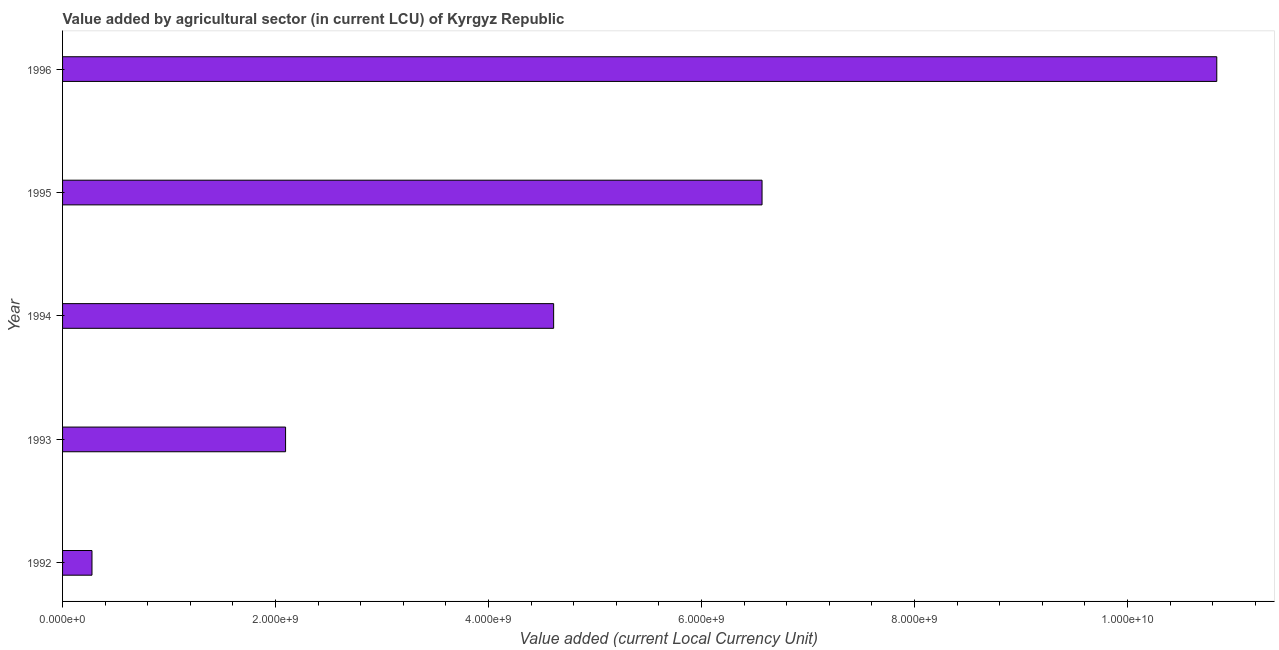
| Year | Agriculture |
 | --- | --- |
 | 1992 | 2.76e+08 |
 | 1993 | 2.09e+09 |
 | 1994 | 4.61e+09 |
 | 1995 | 6.57e+09 |
 | 1996 | 1.08e+10 |